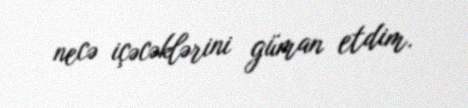
necə içəcəklərini güman etdim.